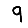
Digit: 9